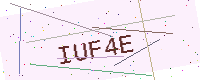
Text: IUF4E